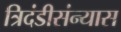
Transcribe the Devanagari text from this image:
त्रिदंडीसंन्यास